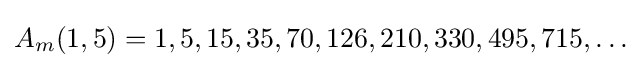
A_{m}(1,5)=1,5,15,35,70,126,210,330,495,715,\ldots